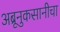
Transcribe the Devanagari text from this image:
अब्रूनुकसानीचा